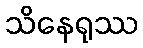
သိနေရုဿ